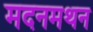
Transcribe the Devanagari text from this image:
मदनमथन